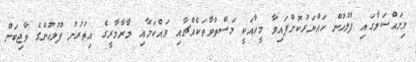
މިމައްސަލާގައި ފުލުހުން ހައްޔަރުކޮށްފައިވާ މީހާއަކީ މަސްތުވާތަކެއްޗާއި ވައްކަމާއި މާރާމާރީގެ އިތުރުން ފުލުހުންގެ ވާޖިބަށް